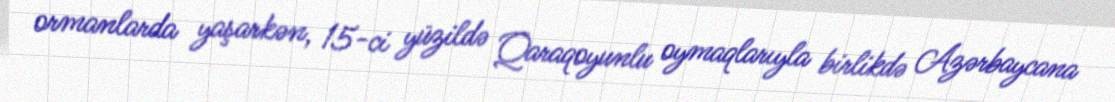
ormanlarda yaşarkən, 15-ci yüzildə Qaraqoyunlu oymaqlarıyla birlikdə Azərbaycana